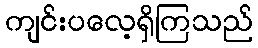
ကျင်းပလေ့ရှိကြသည်